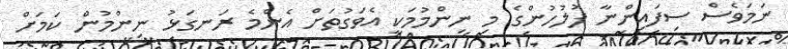
ނަމަވެސް ސިފައިންނާ ފުލުހުންގެ މި ނިންމުމަކީ އެވަގުތަށް އެންމެ ރަނގަޅު ނިންމުން ކަމަށް